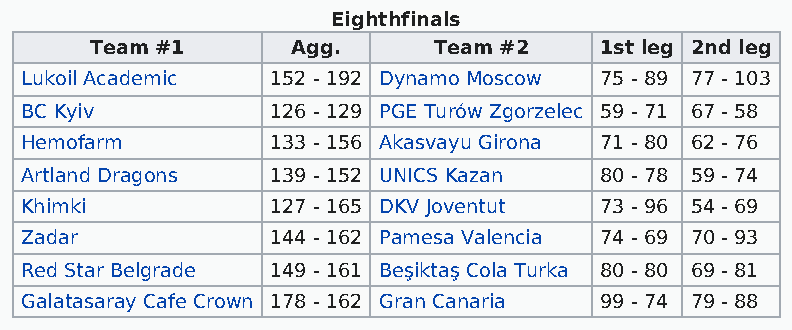
Eighthfinals
 Team #1      Agg.      Team #2    1st leg 2nd leg
 Lukoil Academic  152 - 192 Dynamo Moscow 75 - 89 77 - 103
 BC Kyiv          126 - 129 PGE Turów Zgorzelec 59 - 71 67 - 58
 Hemofarm         133 - 156 Akasvayu Girona 71 - 80 62 - 76
 Artland Dragons  139 - 152 UNICS Kazan 80 - 78 59 - 74
 Khimki           127 - 165 DKV Joventut 73 - 96 54 - 69
 Zadar            144 - 162 Pamesa Valencia 74 - 69 70 - 93
 Red Star Belgrade 149 - 161 Beşiktaş Cola Turka 80 - 80 69 - 81
 Galatasaray Cafe Crown 178 - 162 Gran Canaria 99 - 74 79 - 88